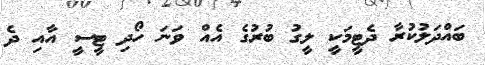
ބައްދަލުކުރާ ދެޓީމަކީ ލީގު ބުރުގެ އެއް ވަނަ ހޯދި ޓީސީ އާއި ދެ